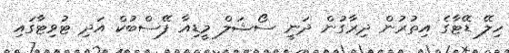
ހިލޭ ޑޭޓާގެ އިތުރުން ދިރާގުން ދަނީ ސޯޝަލް މީޑިއާ ފޭސްބުކް އަދި ޓުވިޓާގައި